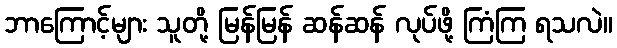
ဘာကြောင့်များ သူတို့ မြန်မြန် ဆန်ဆန် လုပ်ဖို့ ကြံကြ ရသလဲ။